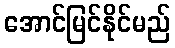
အောင်မြင်နိုင်မည်